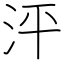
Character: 泙